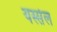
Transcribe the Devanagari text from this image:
यस्सेल